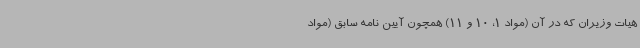
هیات وزیران که در آن (مواد 1، 10 و 11) همچون آیین نامه سابق (مواد